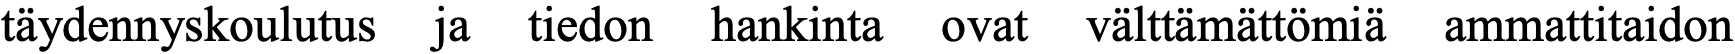
täydennyskoulutus ja tiedon hankinta ovat välttämättömiä ammattitaidon